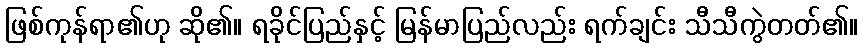
ဖြစ်ကုန်ရာ၏ဟု ဆို၏။ ရခိုင်ပြည်နှင့် မြန်မာပြည်လည်း ရက်ချင်း သီသီကွဲတတ်၏။